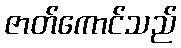
ဇာတ်ကောင်သည်